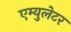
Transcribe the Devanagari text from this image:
एम्युलेटर